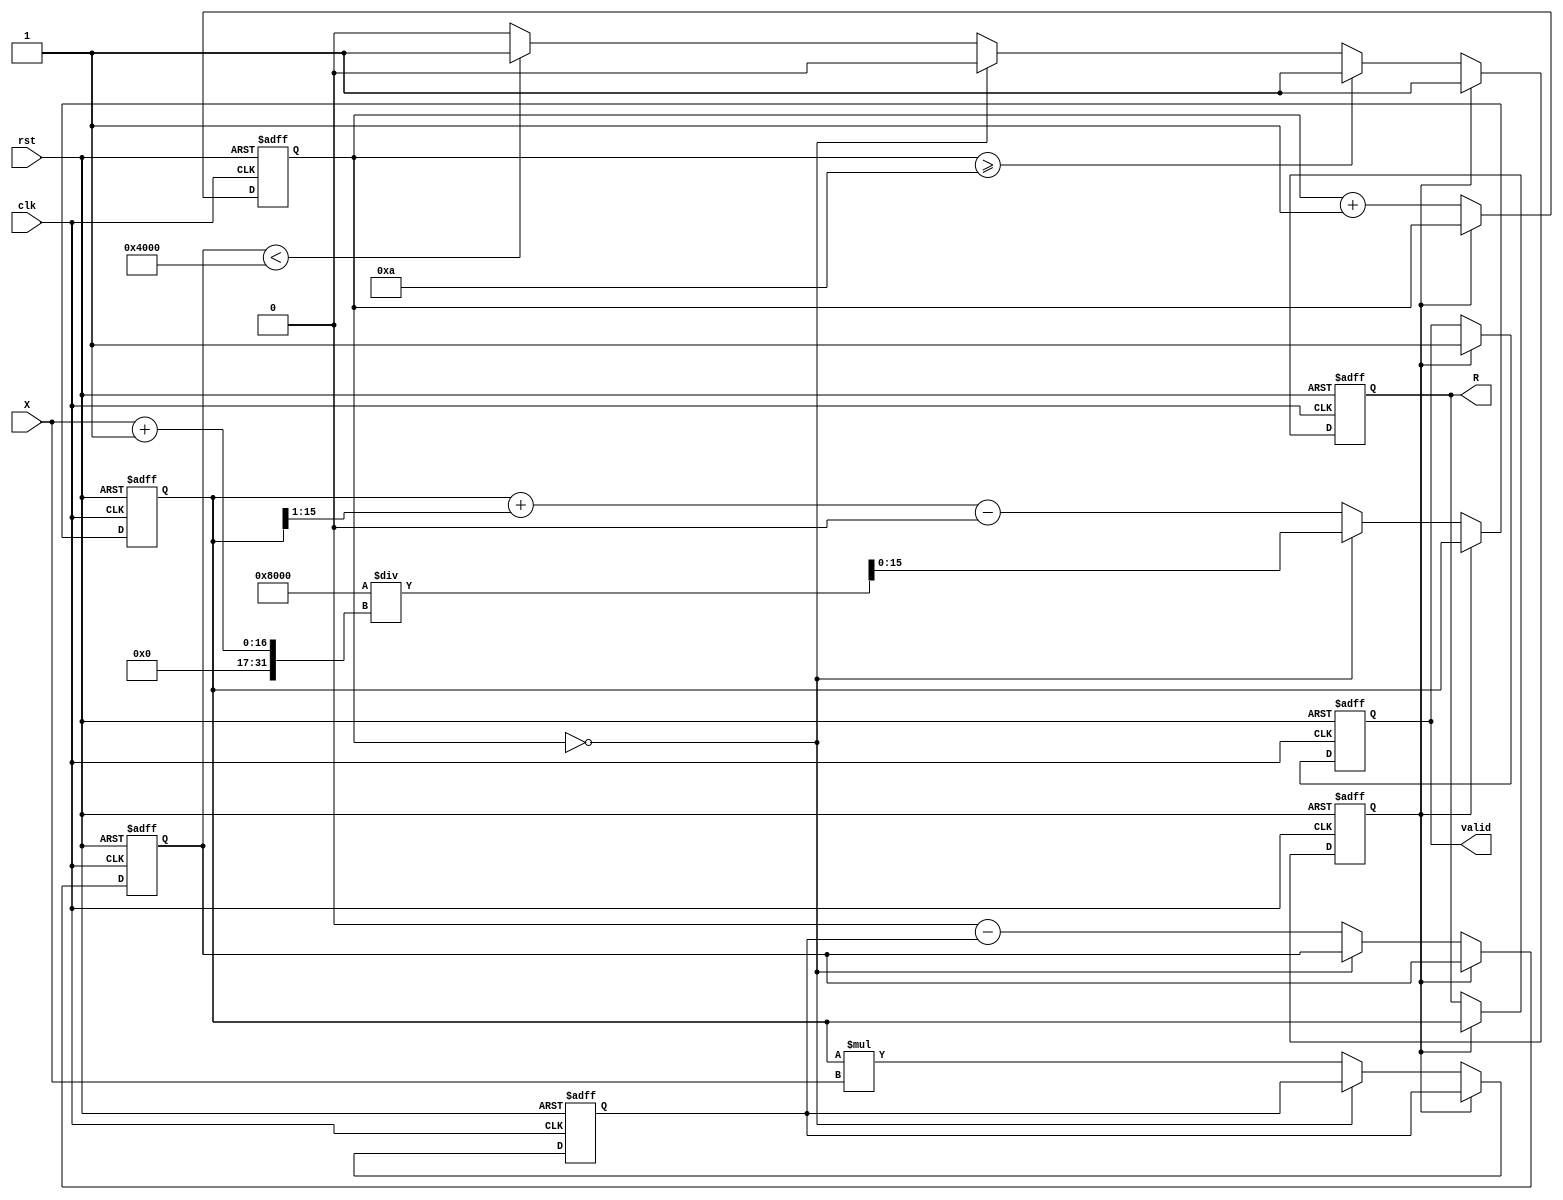
module BitwiseReciprocal #(
    parameter N = 16, // Bit width of the input and output
    parameter MAX_ITER = 10 // Maximum number of iterations for convergence
)(
    input  wire [N-1:0] X, // Input number (non-zero)
    output reg  [N-1:0] R, // Reciprocal output
    input  wire clk, // Clock signal
    input  wire rst, // Reset signal
    output reg valid // Output valid signal
);

    reg [N-1:0] approx; // Current approximation of the reciprocal
    reg [N-1:0] error; // Error term
    reg [N-1:0] product; // Product of approx and X
    reg [3:0] iter_count; // Iteration counter
    reg converged; // Convergence flag

    // Initial approximation based on the leading bits of X
    function [N-1:0] initial_approx;
        input [N-1:0] x;
        begin
            // Simple initial approximation: 2^(N-1) / x
            initial_approx = (1 << (N-1)) / (x + 1); // Avoid division by zero
        end
    endfunction

    always @(posedge clk or posedge rst) begin
        if (rst) begin
            R <= 0;
            approx <= 0;
            error <= 0;
            product <= 0;
            iter_count <= 0;
            valid <= 0;
            converged <= 0;
        end else begin
            if (!converged) begin
                if (iter_count == 0) begin
                    approx <= initial_approx(X);
                end else begin
                    // Calculate product of approx and X
                    product <= approx * X;

                    // Calculate error
                    error <= (1 << N) - product; // Target is 2^N

                    // Update approximation using Newton-Raphson method
                    approx <= approx + (approx >> 1) - (product >> (N + 1));

                    // Check for convergence
                    if (error < (1 << (N - 2))) begin // Convergence threshold
                        converged <= 1;
                    end
                end

                // Increment iteration count
                iter_count <= iter_count + 1;

                // Check for maximum iterations
                if (iter_count >= MAX_ITER) begin
                    converged <= 1; // Force convergence if max iterations reached
                end
            end else begin
                R <= approx; // Output the final approximation
                valid <= 1; // Set valid signal
            end
        end
    end
endmodule